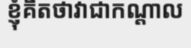
ខ្ញុំគិតថាវាជាកណ្តាល